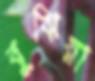
বুঝিয়া